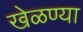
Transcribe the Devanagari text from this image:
खेळण्या